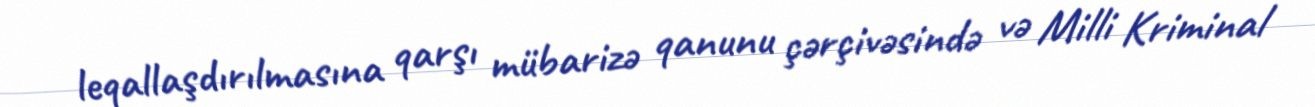
leqallaşdırılmasına qarşı mübarizə qanunu çərçivəsində və Milli Kriminal